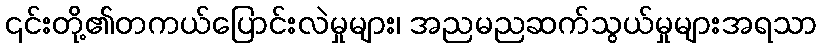
၎င်းတို့၏တကယ်ပြောင်းလဲမှုများ၊ အညမညဆက်သွယ်မှုများအရသာ